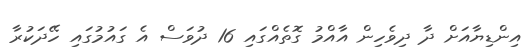
އިންޑިޔާއަށް ދާ ދިވެހިން އާއްމު ގޮތެއްގައި 16 ދުވަސް އެ ގައުމުގައި ހޭދަކުރާ